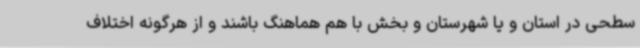
سطحی در استان و یا شهرستان و بخش با هم هماهنگ باشند و از هرگونه اختلاف